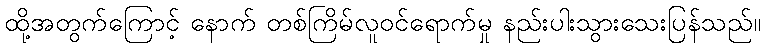
ထို့အတွက်ကြောင့် နောက် တစ်ကြိမ်လူဝင်ရောက်မှု နည်းပါးသွားသေးပြန်သည်။